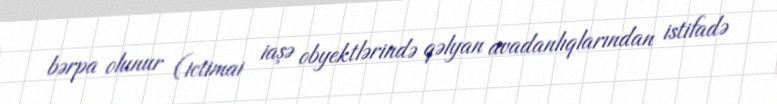
bərpa olunur (ictimai iaşə obyektlərində qəlyan avadanlıqlarından istifadə